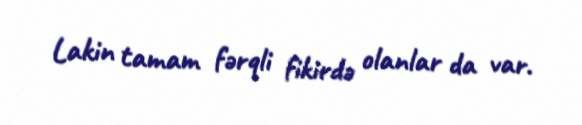
Lakin tamam fərqli fikirdə olanlar da var.